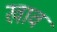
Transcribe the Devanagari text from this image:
खावं